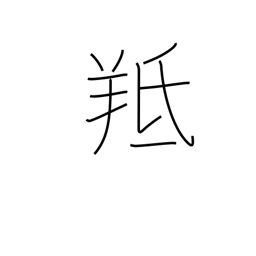
Meaning: male sheep